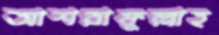
আশরাফুল্লাহ